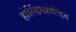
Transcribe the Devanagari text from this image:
होल्डिंगहोल्डिंग